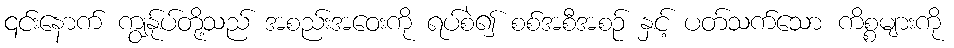
၎င်းနောက် ကျွန်ုပ်တို့သည် အစည်းအဝေးကို ရပ်စဲ၍ စစ်အစီအစဉ် နှင့် ပတ်သက်သော ကိစ္စများကို